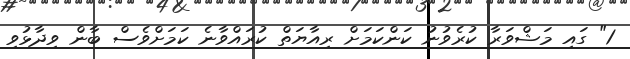
1" ގައި މަޝްވަރާ ކުރެވުނު ކަންކަމަށް ރިއާޔަތް ކުރައްވާނެ ކަމަށްވެސް ބާން ވިދާޅުވި